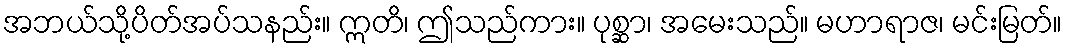
အဘယ်သို့ပိတ်အပ်သနည်း။ ဣတိ၊ ဤသည်ကား။ ပုစ္ဆာ၊ အမေးသည်။ မဟာရာဇ၊ မင်းမြတ်။